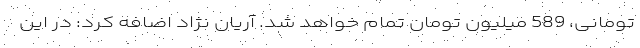
تومانی، 589 میلیون تومان تمام خواهد شد. آریان نژاد اضافه کرد: در این